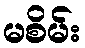
မစိမ်း